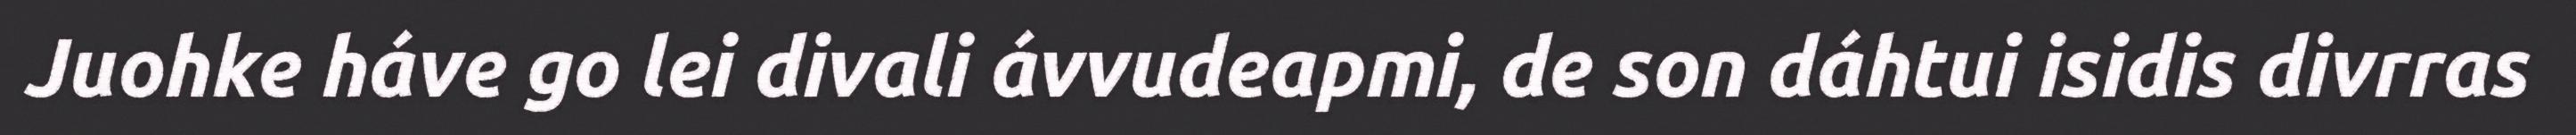
Juohke háve go lei divali ávvudeapmi, de son dáhtui isidis divrras